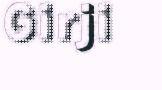
Girji